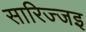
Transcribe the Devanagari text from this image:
सारिज्जइ